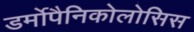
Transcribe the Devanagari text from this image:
डर्मोपैनिकोलोसिस